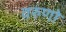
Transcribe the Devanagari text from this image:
वरुणो